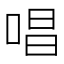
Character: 唱